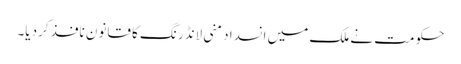
حکومت نے ملک میں انسداد منی لانڈرنگ کا قانون نافذ کردیا۔